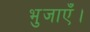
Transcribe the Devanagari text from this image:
भुजाएँ।